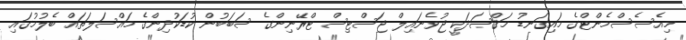
މިއެސެސްމެންޓްގެ މައިގަނޑު މަޤްޞަދަކީ ޖުވެނައިލް ޖަސްޓިސް ޓްރޭނިންގެ ސަބަބުން ކުޑަކުދިންގެ މައްސަލަތައް ބެލުމުގައި